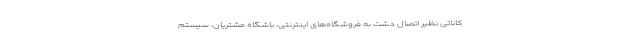
کاناتی نظیر اتصال دشت به فروشگاه‌های اینترنتی، باشگاه مشتریان، سیستم